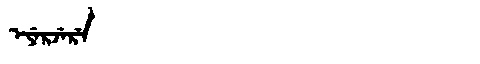
Manchu: ᡝᠶᡝᡵᠵᡝᡵᡝ
Romanization: EYERJERE